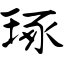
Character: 琢